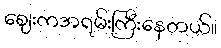
စျေးကအရမ်းကြီးနေတယ်။